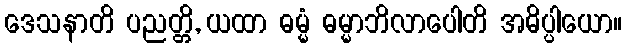
ဒေသနာတိ ပညတ္တိ, ယထာ ဓမ္မံ ဓမ္မာဘိလာပေါတိ အဓိပ္ပါယော။